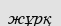
жұрқ